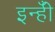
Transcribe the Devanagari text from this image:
इन्हीँ